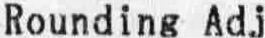
ROUNDING ADJ